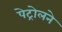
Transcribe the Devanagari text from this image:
पेट्रोलने